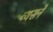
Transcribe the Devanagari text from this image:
व्यसनें